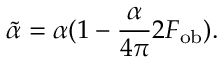
\tilde { \alpha } = \alpha ( 1 - \frac { \alpha } { 4 \pi } 2 F _ { \mathrm { o b } } ) .